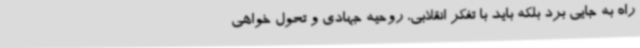
راه به جایی برد بلکه باید با تفکر انقلابی، روحیه جهادی و تحول خواهی